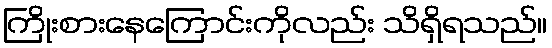
ကြိုးစားနေကြောင်းကိုလည်း သိရှိရသည်။